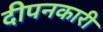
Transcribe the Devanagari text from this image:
दीपनकारी